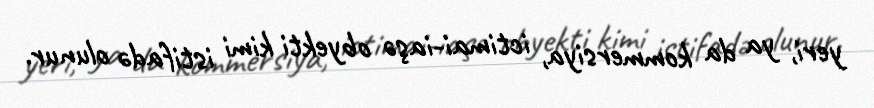
yeri, ya da kommersiya, ictimai-iaşə obyekti kimi istifadə olunur.